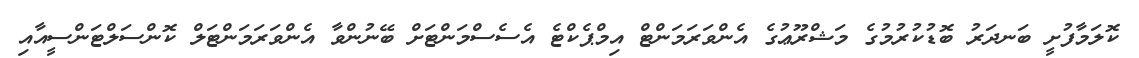
ކޮލަމާފުށީ ބަނދަރު ބޮޑުކުރުމުގެ މަޝްރޫޢުގެ އެންވަރަމަންޓް އިމްޕެކްޓެ އެސެސްމަންޓަށް ބޭނުންވާ އެންވަރަމަންޓަލް ކޮންސަލްޓަންސީއާއި